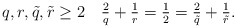
\begin{align*}q,r, \tilde q, \tilde r\geq2 \quad \tfrac{2}{q}+\tfrac{1}{r}=\tfrac{1}{2}=\tfrac{2}{\tilde q}+\tfrac{1}{\tilde r}.\end{align*}